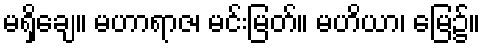
မရှိချေ။ မဟာရာဇ၊ မင်းမြတ်။ မဟိယာ၊ မြေ၌။